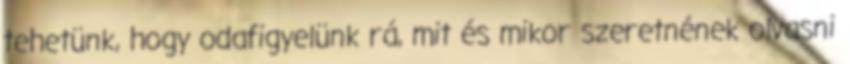
tehetünk, hogy odafigyelünk rá, mit és mikor szeretnének olvasni